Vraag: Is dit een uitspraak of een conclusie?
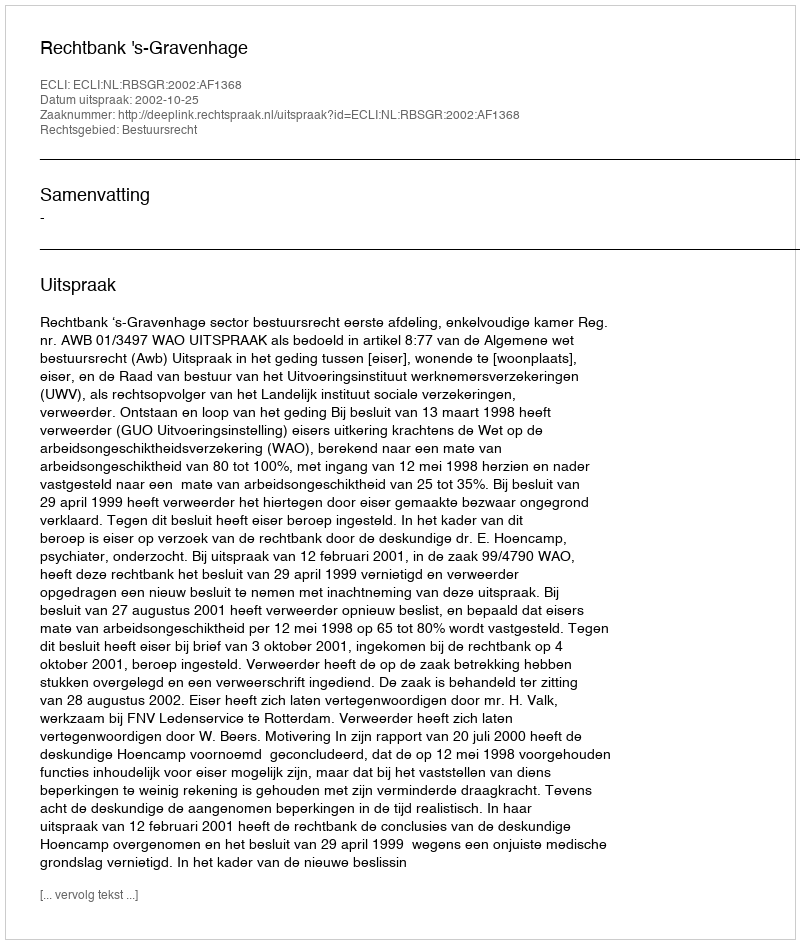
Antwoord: Uitspraak